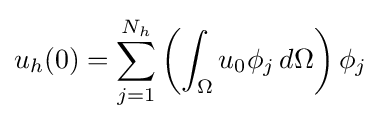
u_{h}(0)=\sum _{j=1}^{N_{h}}\left(\int _{\Omega }u_{0}\phi _{j}\,d\Omega \right)\phi _{j}